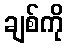
ချစ်ကို